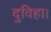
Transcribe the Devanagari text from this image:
दुविहा।